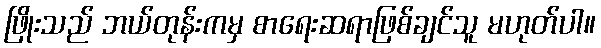
ဖြိုးသည် ဘယ်တုန်းကမှ စာရေးဆရာဖြစ်ချင်သူ မဟုတ်ပါ။